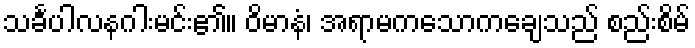
သင်္ခပါလနဂါးမင်း၏။ ဝိမာနံ၊ အရာမကသောကချေသည် စည်းစိမ်